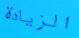
الزيادة